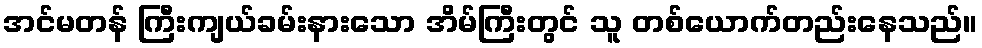
အင်မတန် ကြီးကျယ်ခမ်းနားသော အိမ်ကြီးတွင် သူ တစ်ယောက်တည်းနေသည်။